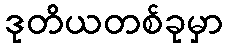
ဒုတိယတစ်ခုမှာ